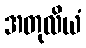
အတုလိယံ